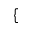
\{